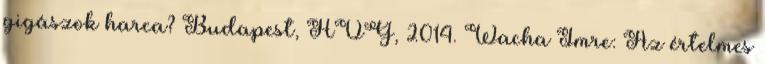
gigászok harca? Budapest, HVG, 2014. Wacha Imre: Az értelmes